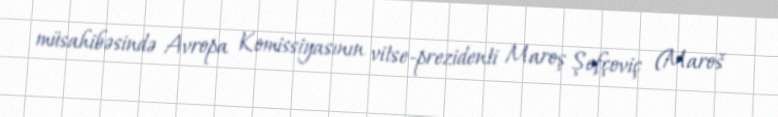
müsahibəsində Avropa Komissiyasının vitse-prezidenti Maroş Şefçoviç (Maroš